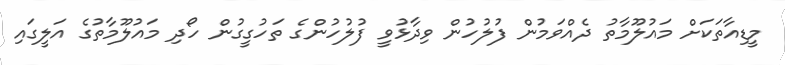
މީޑިއާތަކަށް މައުލޫމާތު ދެއްވަމުން ފުލުހުން ވިދާޅުވީ ފުލުހުންގެ ތަހުގީގުން ހޯދި މައުލޫމާތުގެ އަލީގައި